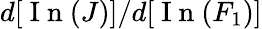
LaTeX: d[\mathrm{~I~n~}(J)]/d[\mathrm{~I~n~}(F_{1})]